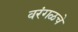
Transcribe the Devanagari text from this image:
वरंगळचे